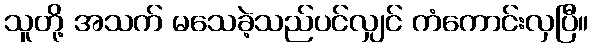
သူတို့ အသက် မသေခဲ့သည်ပင်လျှင် ကံကောင်းလှပြီ။